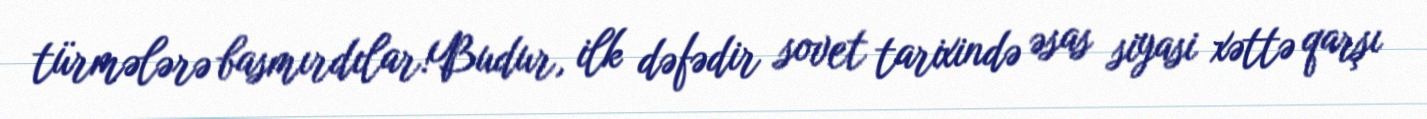
türmələrə basmırdılar!Budur, ilk dəfədir sovet tarixində əsas siyasi xəttə qarşı